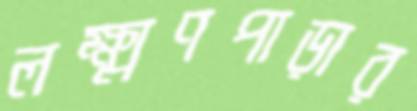
লক্ষ্মণপাড়ার